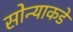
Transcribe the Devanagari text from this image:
सोन्याकडे